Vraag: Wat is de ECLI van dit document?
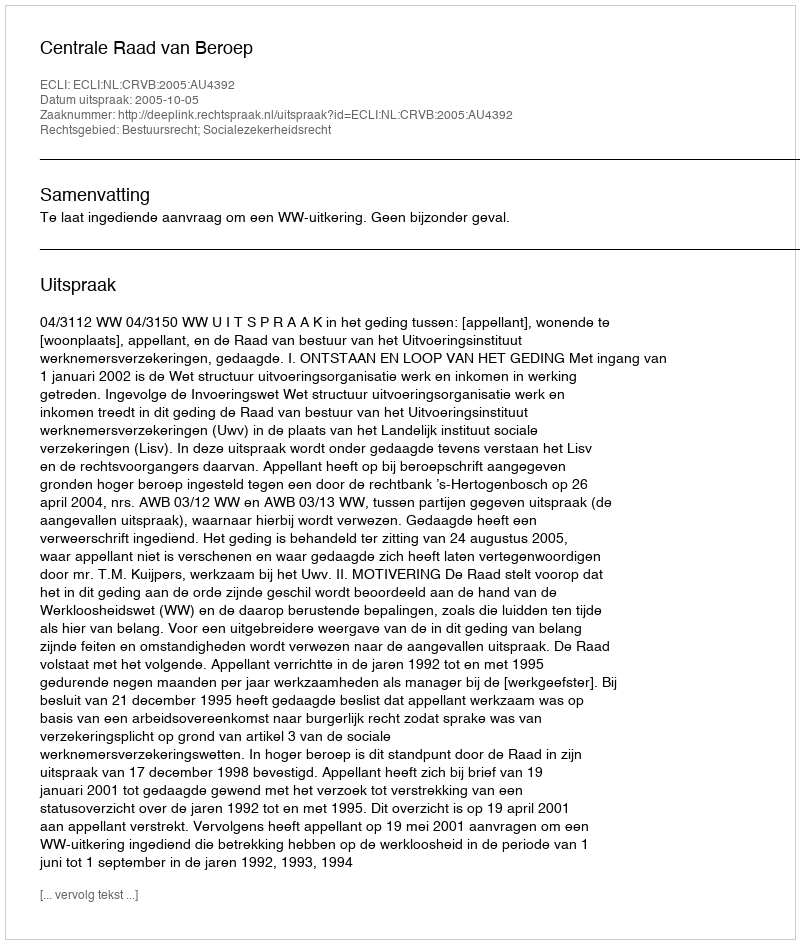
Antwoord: ECLI:NL:CRVB:2005:AU4392